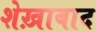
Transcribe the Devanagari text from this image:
शेख़ाबाद